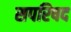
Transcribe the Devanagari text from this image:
सपरिषद